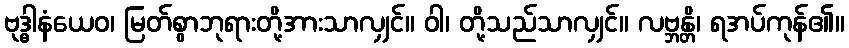
ဗုဒ္ဓါနံယေဝ၊ မြတ်စွာဘုရားတို့အားသာလျှင်။ ဝါ၊ တို့သည်သာလျှင်။ လဗ္ဘန္တိ၊ ရအပ်ကုန်၏။